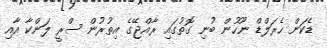
ޑެކަން ހެރަލްޑް ނޫހުން ބުނި ގޮތުގައި ރާއްޖޭގެ އިތުރުން ސްރީ ލަންކާ އާއި